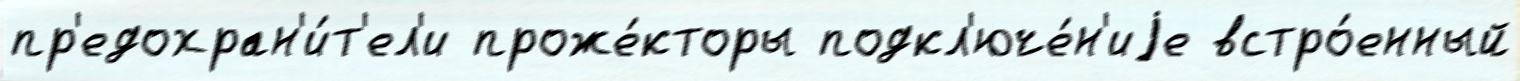
пр'едохран'и́т'ел'и проже́кторы подкл'юче́н'иjе встро́енный